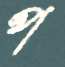
প